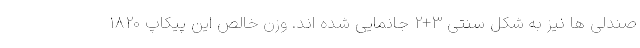
صندلی ها نیز به شکل سنتی 3+2 جانمایی شده اند. وزن خالص این پیکاپ 1820